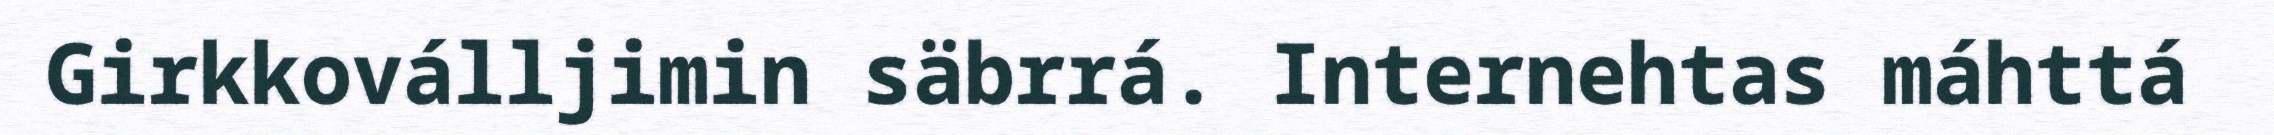
Girkkoválljimin säbrrá. Internehtas máhttá